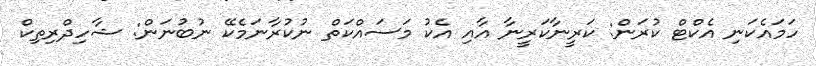
ހަމައެކަނި އެކްޓް ކުރަން: ކަރީނާކަރީނާ އާއި އެކު މަސައްކަތް ނުކުރާނަމެކޭ ނުބުނަން: ޝާހިދްރިތިކް